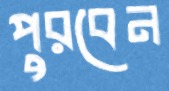
পুরবেন